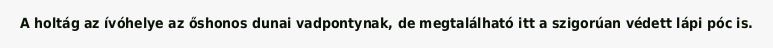
A holtág az ívóhelye az őshonos dunai vadpontynak, de megtalálható itt a szigorúan védett lápi póc is.